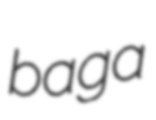
baga